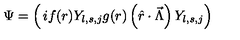
\Psi = \left( \begin{matrix} { i f ( r ) Y _ { l , s , j } } \\ { g ( r ) \left( \hat { r } \cdot \vec { \Lambda } \right) Y _ { l , s , j } } \\ \end{matrix} \right)